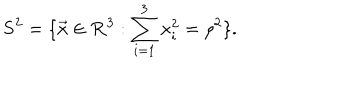
{ \bf S } ^ { 2 } = \{ \vec { x } \in { \bf R } ^ { 3 } : \sum _ { i = 1 } ^ { 3 } x _ { i } ^ { 2 } = { \rho } ^ { 2 } \} .